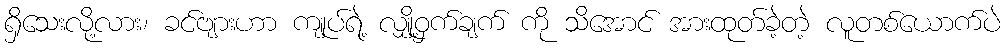
ရှိသေးလို့လား၊ ခင်ဗျားဟာ ကျုပ်ရဲ့ လျှို့ဝှက်ချက် ကို သိအောင် အားထုတ်ခဲ့တဲ့ လူတစ်ယောက်ပဲ